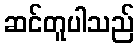
ဆင်တူပါသည်